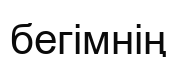
бегімнің